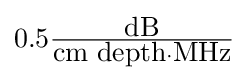
\textstyle 0.5{\frac {\mbox{dB}}{{\mbox{cm depth}}\cdot {\mbox{MHz}}}}